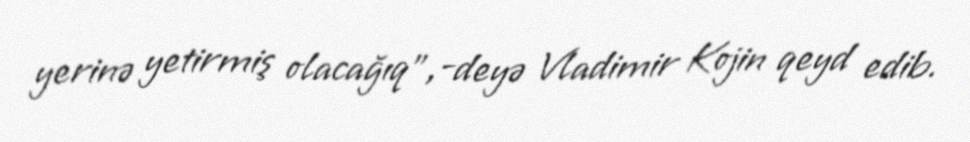
yerinə yetirmiş olacağıq",-deyə Vladimir Kojin qeyd edib.